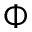
\Phi